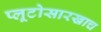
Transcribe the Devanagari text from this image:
प्लूटोसारखाच